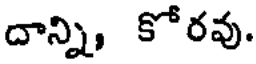
దాన్ని, కోరవు.